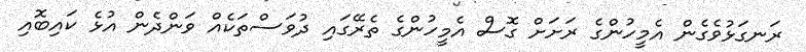
ރަނގަޅުވެގެން އެމީހުންގެ ރަށަށް ގޮސް އެމީހުންގެ ތެރޭގައި ދުވަސްތަކެއް ވަންދެން އުޅެ ކައިބޮއި